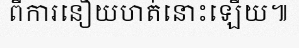
ពីការនឿយហត់នោះឡើយ៕